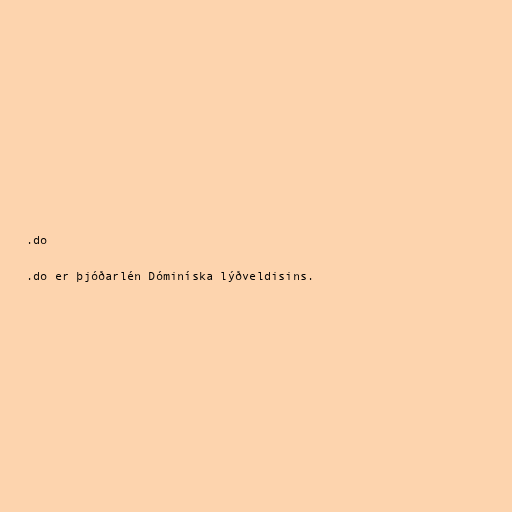
.do

.do er þjóðarlén Dóminíska lýðveldisins.